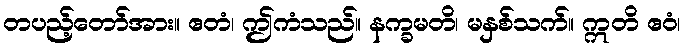
တပည့်တော်အား။ ဧတံ၊ ဤကံသည်။ နက္ခမတိ၊ မနှစ်သက်။ ဣတိ ဧဝံ၊